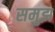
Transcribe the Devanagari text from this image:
समुझ